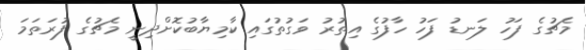
މެޗުގެ ފަހު ލަނޑު ފަހު ހާފުގެ އިތުރު ވަގުތުގައި ކާމިޔާބުކޮށްދިނީ މެޗުގެ ފުރަތަމަ